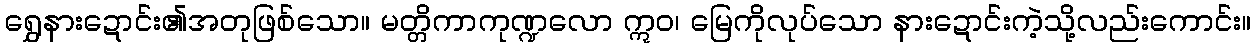
ရွှေနားဍောင်း၏အတုဖြစ်သော။ မတ္တိကာကုဏ္ဍလော ဣဝ၊ မြေကိုလုပ်သော နားဍောင်းကဲ့သို့လည်းကောင်း။